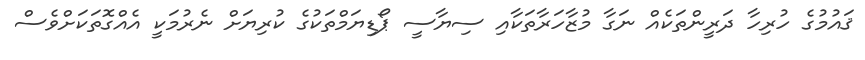
ޤައުމުގެ ހުރިހާ ދަރީންތަކެއް ނަގާ މުޒާހަރާތަކާއި ސިޔާސީ ޕޯޑިޔަމްތަކުގެ ކުރިޔަށް ނެރުމަކީ އެއްގޮތަކަށްވެސް